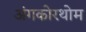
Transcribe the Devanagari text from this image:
अंगकोरथोम